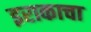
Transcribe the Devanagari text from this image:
इराकाचा